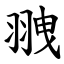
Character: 䎈